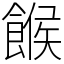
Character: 餱